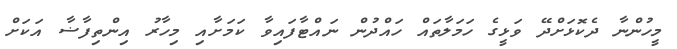
މީހުންނާ ދެކޮޅަށްދޭ ވަޅީގެ ހަމަލާތައް ހައްދުން ނައްޓާފައިވާ ކަމަށާއި މިހާރު އިންތިފާޟާ އަކަށް